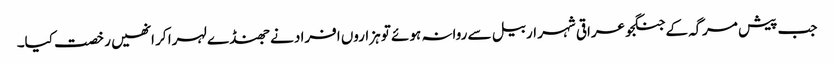
جب پیش مرگہ کے جنگجو عراقی شہر اربیل سے روانہ ہوئے تو ہزاروں افراد نے جھنڈے لہرا کر انھیں رخصت کیا۔